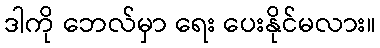
ဒါကို ဘေလ်မှာ ရေး ပေးနိုင်မလား။